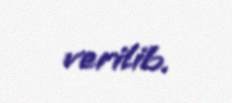
verilib.